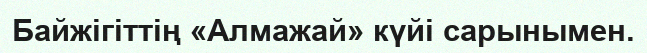
Байжігіттің «Алмажай» күйі сарынымен.